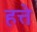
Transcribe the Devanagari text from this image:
हत्ते